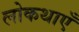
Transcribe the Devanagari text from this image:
लोकथाएँ